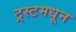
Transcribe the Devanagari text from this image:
ट्रस्टमधून